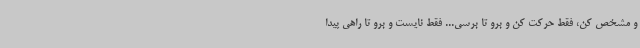
و مشخص کن، فقط حرکت کن و برو تا برسی... فقط نایست و برو تا راهی پیدا